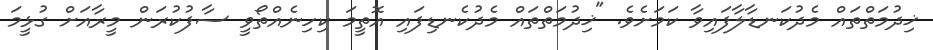
ޚިދުމަތްތައް މެދުކަނޑާލާފައިވާ ކަމަށެވެ. "ޚިދުމަތްތައް މެދުކެނޑިފައި އޮތީމަ ކިހިނެއްތޯވީ ސާފުކުރަން މީރާއަށް ގުޅީމަ